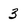
Character: 3